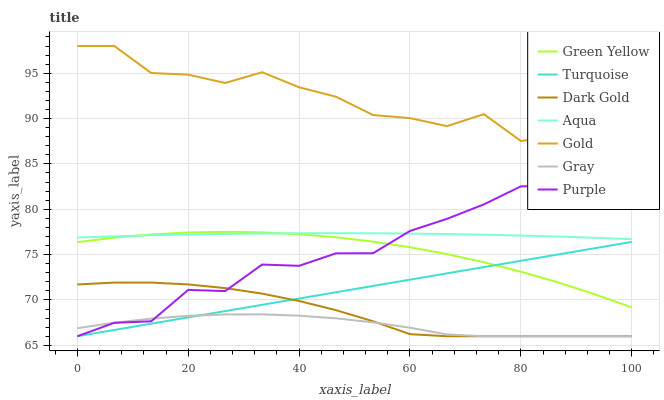
| xaxis_label | Green Yellow | Turquoise | Dark Gold | Aqua | Gold | Gray | Purple |
 | --- | --- | --- | --- | --- | --- | --- | --- |
 | 0 | 76.4 | 66 | 71.7 | 76.9 | 98 | 66.9 | 66 |
 | 6.67 | 76.9 | 66.7 | 71.9 | 77 | 98 | 67.5 | 67.5 |
 | 13.3 | 77.2 | 67.4 | 71.9 | 77.1 | 95 | 67.9 | 67.6 |
 | 20 | 77.4 | 68.1 | 71.7 | 77.2 | 94.8 | 68.2 | 71.1 |
 | 26.7 | 77.5 | 68.8 | 71.3 | 77.3 | 93.9 | 68.4 | 71 |
 | 33.3 | 77.5 | 69.5 | 70.7 | 77.3 | 95.1 | 68.4 | 73.9 |
 | 40 | 77.3 | 70.2 | 69.9 | 77.4 | 93.5 | 68.3 | 73.8 |
 | 46.7 | 76.9 | 70.9 | 68.9 | 77.4 | 92.4 | 68 | 75.1 |
 | 53.3 | 76.4 | 71.5 | 67.7 | 77.4 | 90.4 | 67.5 | 75.1 |
 | 60 | 75.8 | 72.2 | 66.2 | 77.3 | 90.1 | 66.9 | 77.6 |
 | 66.7 | 75.1 | 72.9 | 66 | 77.3 | 89.2 | 66.2 | 78.9 |
 | 73.3 | 74.2 | 73.6 | 66 | 77.2 | 90.5 | 66 | 80.5 |
 | 80 | 73.1 | 74.3 | 66 | 77.1 | 87.5 | 66 | 82.5 |
 | 86.7 | 71.9 | 75 | 66 | 77 | 88.1 | 66 | 82.6 |
 | 93.3 | 70.6 | 75.7 | 66 | 76.9 | 86.3 | 66 | 83.3 |
 | 100 | 69.2 | 76.4 | 66 | 76.7 | 84.7 | 66 | 85.1 |